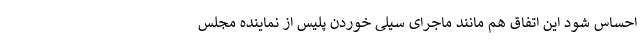
احساس شود این اتفاق هم مانند ماجرای سیلی خوردن پلیس از نماینده مجلس